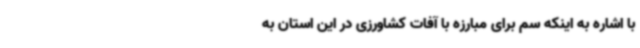
با اشاره به اینکه سم برای مبارزه با آفات کشاورزی در این استان به